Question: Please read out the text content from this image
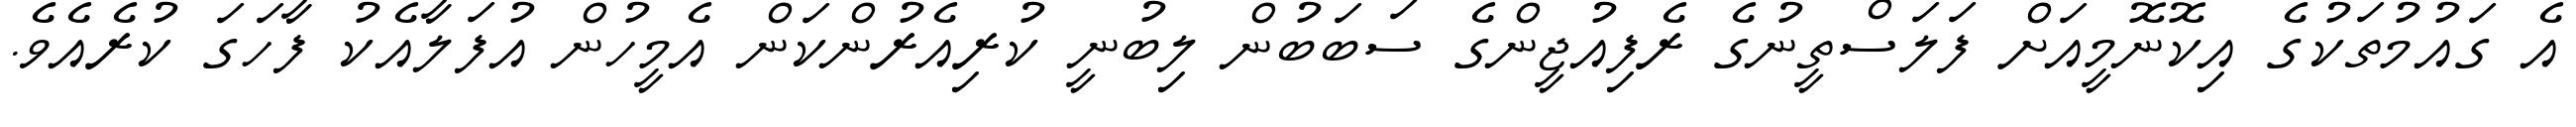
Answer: އެ ގައުމުތަކުގެ އިކޮނޮމީއަށް ފަލަސްތީނުގެ ރެފިއުޖީންގެ ސަބަބުން ލިބުނީ ކުރިއެރުންކަން އެމީހުން އުފަލާއެކު ފާހަގަ ކުރެއެވެ.